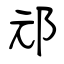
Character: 邧